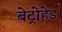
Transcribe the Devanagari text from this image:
बेट्रोहेड